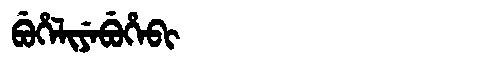
Manchu: ᠪᡠᡥᡝᠯᡳᠶᡝᠪᡠᡥᡝᠪᡳ
Romanization: BUHELIYEBUHEBI